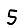
Digit: 5